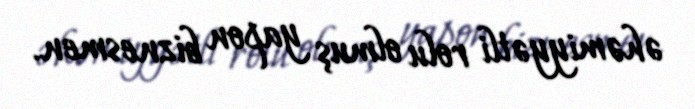
əhəmiyyətli rolu olmuş yapon biznesmen.